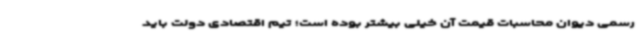
رسمی دیوان محاسبات قیمت آن خیلی بیشتر بوده است؛ تیم اقتصادی دولت باید